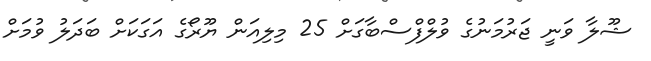
ޝޫލާ ވަނީ ޖަރުމަނުގެ ވުލްފްސްބާގަށް 25 މިލިއަން ޔޫރޯގެ އަަގަކަށް ބަދަލު ވުމަށް